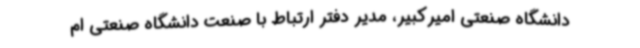
دانشگاه صنعتی امیرکبیر، مدیر دفتر ارتباط با صنعت دانشگاه صنعتی ام